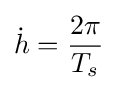
{\dot {h}}={\frac {2\pi }{T_{s}}}